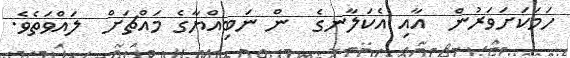
ހަމަކަށަވަރުން  އާއި އެކަލާނގެ  ން ނަބިއްޔާގެ މައްޗަށް  ލައްވަތެވެ.